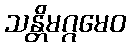
သန္တိမဂ္ဂမေဝ